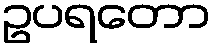
ဥပရတော